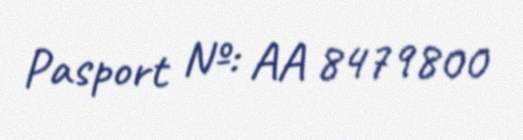
Pasport №: AA 8479800